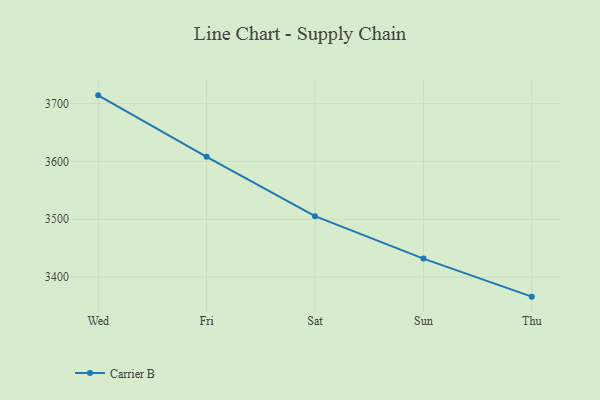
{"axis": {"x": "Day", "y": "Humidity (%)"}, "legend": ["Carrier B"], "data": [{"x": "Wed", "y": 3713.9, "type": "Carrier B"}, {"x": "Fri", "y": 3607.7, "type": "Carrier B"}, {"x": "Sat", "y": 3505.3, "type": "Carrier B"}, {"x": "Sun", "y": 3432.1, "type": "Carrier B"}, {"x": "Thu", "y": 3366.4, "type": "Carrier B"}]}